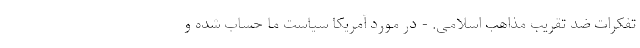
تفکرات ضد تقریب مذاهب اسلامی. - در مورد آمریکا سیاست ما حساب شده و